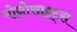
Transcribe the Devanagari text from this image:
मोनोसाइट्स